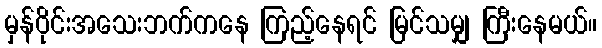
မှန်ဝိုင်းအသေးဘက်ကနေ ကြည့်နေရင် မြင်သမျှ ကြီးနေမယ်။